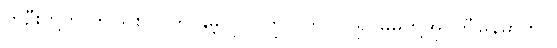
တဦးတို့ကို ဤသစ်ပင်ကို နှိမ့်လိုက်ကြွလိုက်လုပ်၍ မိမိတို့အိုင်တီမြန်မာတွင်